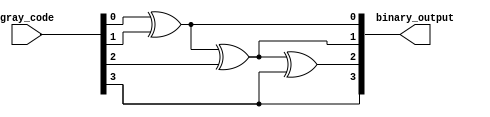
module gray_code_decoder (
    input wire [3:0] gray_code,
    output reg [3:0] binary_output
);

assign binary_output[0] = gray_code[0] ^ gray_code[1];
assign binary_output[1] = binary_output[0] ^ gray_code[2];
assign binary_output[2] = binary_output[1] ^ gray_code[3];
assign binary_output[3] = gray_code[3];

endmodule